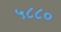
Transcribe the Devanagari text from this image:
५८८०